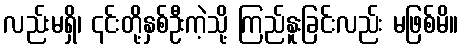
လည်းမရှိ၊ ၎င်းတို့နှစ်ဦးကဲ့သို့ ကြည်နူးခြင်းလည်း မဖြစ်မိ။